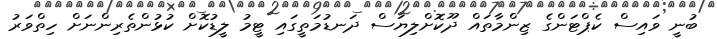
ބުނީ ވައިސް ކެޕްޓަންގެ ޒިންމާތައް ދޫކޮށްލިޔަސް ދަނޑުމަތީގައި ޓީމު ލީޑުކޮށް ކުޅުންތެރިންނަށް ހިތްވަރު